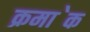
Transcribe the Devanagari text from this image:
क्रमा॓क